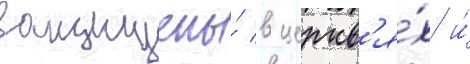
защищены́ в церкв'я́х и́